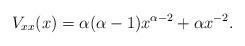
LaTeX: \begin{align*}V_{xx}(x)=\alpha(\alpha-1) x^{\alpha-2}+\alpha x^{-2}.\end{align*}